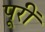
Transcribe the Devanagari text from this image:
पूरीं